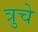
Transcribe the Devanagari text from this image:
त्रुचे